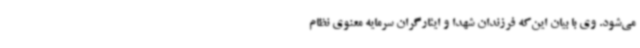
می‌شود. وی با بیان این‌که فرزندان شهدا و ایثارگران سرمایه معنوی نظام